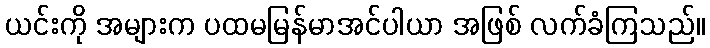
ယင်းကို အများက ပထမမြန်မာအင်ပါယာ အဖြစ် လက်ခံကြသည်။